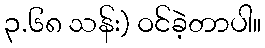
၃.၆၈ သန်း) ဝင်ခဲ့တာပါ။